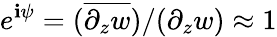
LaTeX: e^{\mathbf{i}\psi}=(\overline{{{\partial_{z}w}}})/(\partial_{z}w)\approx1